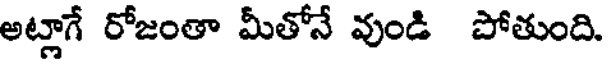
అట్లాగే రోజంతా మీతోనే వుండి పోతుంది.